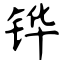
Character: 铧